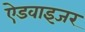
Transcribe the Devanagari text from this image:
ऐडवाइजर